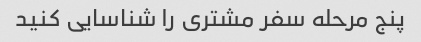
پنج مرحله سفر مشتری را شناسایی کنید